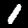
Digit: 1